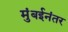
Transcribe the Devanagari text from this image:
मुंबईनंतर